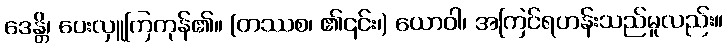
ဒေန္တိ၊ ပေးလှူကြကုန်၏။ (တဿစ၊ ၏၎င်း၊) ယောဝါ၊ အကြင်ရဟန်းသည်မူလည်း။